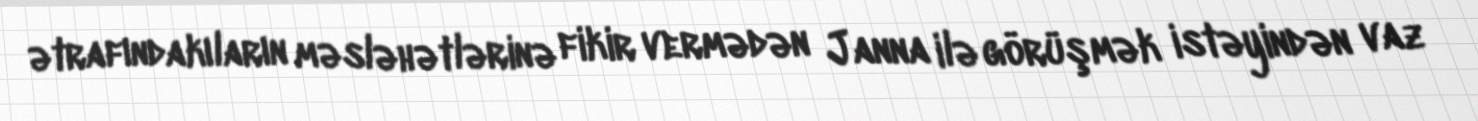
ətrafındakıların məsləhətlərinə fikir vermədən Janna ilə görüşmək istəyindən vaz